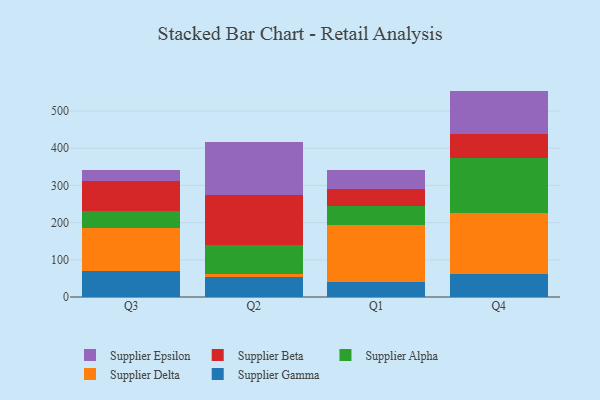
{"axis": {"x": "Quarter", "y": "Production Output"}, "legend": ["Supplier Alpha", "Supplier Beta", "Supplier Delta", "Supplier Epsilon", "Supplier Gamma"], "data": [{"x": "Q3", "y": 69.7, "type": "Supplier Gamma"}, {"x": "Q3", "y": 115.4, "type": "Supplier Delta"}, {"x": "Q3", "y": 45.9, "type": "Supplier Alpha"}, {"x": "Q3", "y": 80.5, "type": "Supplier Beta"}, {"x": "Q3", "y": 28.8, "type": "Supplier Epsilon"}, {"x": "Q2", "y": 54.3, "type": "Supplier Gamma"}, {"x": "Q2", "y": 8.8, "type": "Supplier Delta"}, {"x": "Q2", "y": 76.4, "type": "Supplier Alpha"}, {"x": "Q2", "y": 135.0, "type": "Supplier Beta"}, {"x": "Q2", "y": 143.0, "type": "Supplier Epsilon"}, {"x": "Q1", "y": 39.6, "type": "Supplier Gamma"}, {"x": "Q1", "y": 154.9, "type": "Supplier Delta"}, {"x": "Q1", "y": 49.7, "type": "Supplier Alpha"}, {"x": "Q1", "y": 46.1, "type": "Supplier Beta"}, {"x": "Q1", "y": 50.9, "type": "Supplier Epsilon"}, {"x": "Q4", "y": 62.3, "type": "Supplier Gamma"}, {"x": "Q4", "y": 163.7, "type": "Supplier Delta"}, {"x": "Q4", "y": 147.6, "type": "Supplier Alpha"}, {"x": "Q4", "y": 64.8, "type": "Supplier Beta"}, {"x": "Q4", "y": 115.8, "type": "Supplier Epsilon"}]}